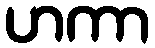
ဟကာ